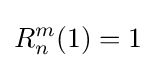
R_{n}^{m}(1)=1